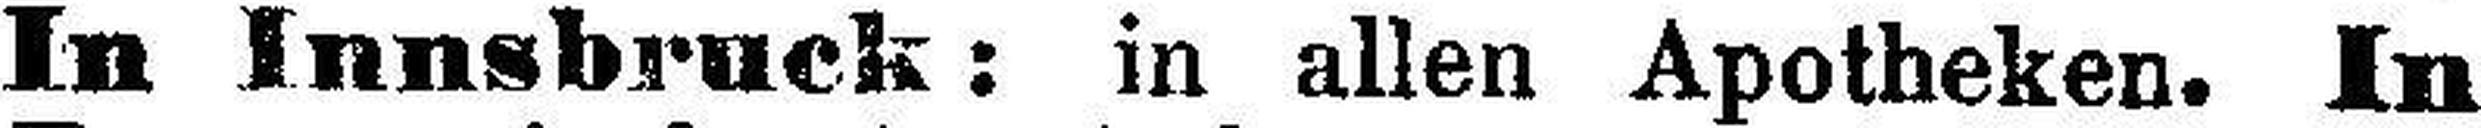
In Innsbruck: in allen Apotheken. In